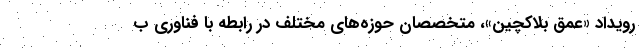
رویداد «عمق بلاکچین»، متخصصان حوزه‌های مختلف در رابطه با فناوری ب